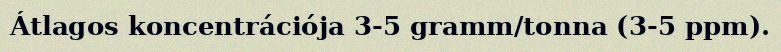
Átlagos koncentrációja 3-5 gramm/tonna (3-5 ppm).